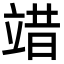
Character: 䇎